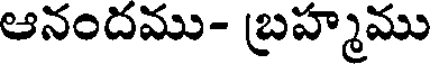
ఆనందము- బ్రహ్మము